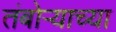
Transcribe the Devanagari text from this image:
तंबोर्‍याच्या